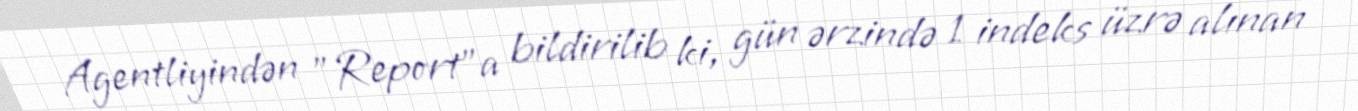
Agentliyindən "Report"a bildirilib ki, gün ərzində 1 indeks üzrə alınan